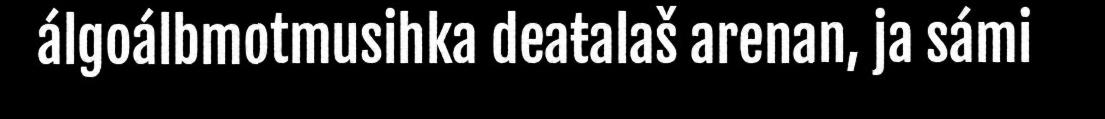
álgoálbmotmusihka deaŧalaš arenan, ja sámi